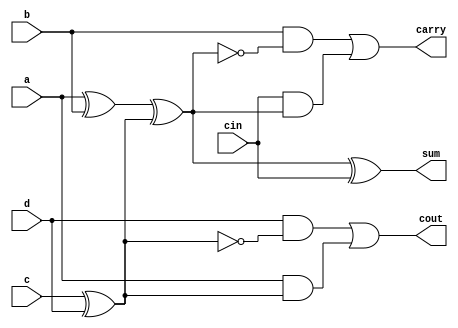
module mul_csa42 (sum, carry, cout, a, b, c, d, cin);
output sum, carry, cout;
input a, b, c, d, cin;
wire x, y, z;
assign x = a ^ b;
assign y = c ^ d;
assign z = x ^ y;
assign sum = z ^ cin ;
assign carry = (b & ~z) | (cin & z);
assign cout = (d & ~y) | (a & y);
endmodule